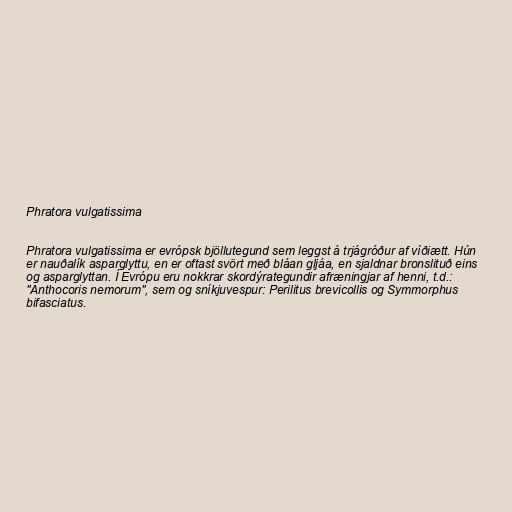
Phratora vulgatissima

Phratora vulgatissima er evrópsk bjöllutegund sem leggst á trjágróður af víðiætt. Hún
er nauðalík asparglyttu, en er oftast svört með bláan gljáa, en sjaldnar bronslituð eins
og asparglyttan. Í Evrópu eru nokkrar skordýrategundir afræningjar af henni, t.d.:
"Anthocoris nemorum", sem og sníkjuvespur: Perilitus brevicollis og Symmorphus
bifasciatus.